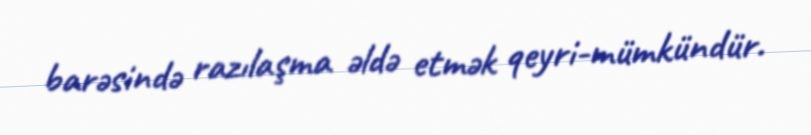
barəsində razılaşma əldə etmək qeyri-mümkündür.